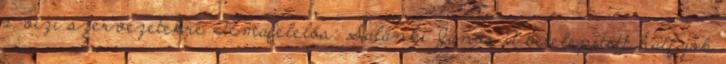
a vízi szervezetekre Témafelelős: Salánki János A betelepített halfajok